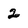
Character: 2